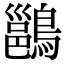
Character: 𪄉